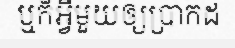
ឬក៏អ្វីមួយឲ្យប្រាកដ